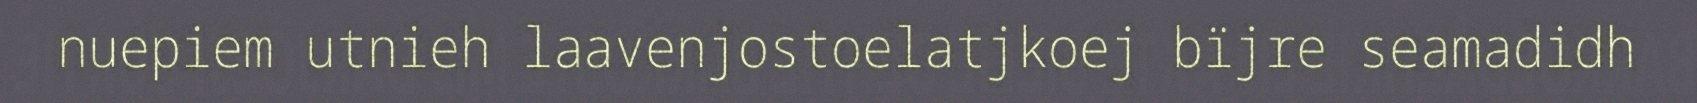
nuepiem utnieh laavenjostoelatjkoej bïjre seamadidh